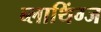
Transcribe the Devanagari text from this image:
ब्लाथिंग्ज